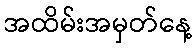
အထိမ်းအမှတ်နေ့